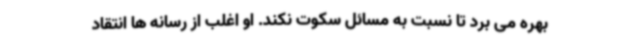
بهره می برد تا نسبت به مسائل سکوت نکند. او اغلب از رسانه ها انتقاد